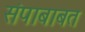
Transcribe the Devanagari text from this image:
संपाबाबत